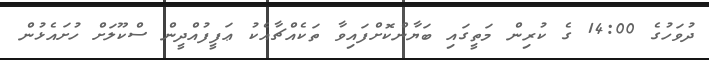
ދުވަހުގެ 14:00 ގެ ކުރިން މަތީގައި ބަޔާންކޮށްފައިވާ ތަކެއްޗާއެކު ޢަފީފުއްދީން ސްކޫލަށް ހުށައެޅުން